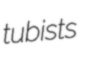
tubists